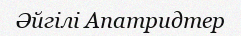
Әйгілі Апатридтер